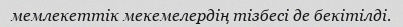
мемлекеттік мекемелердің тізбесі де бекітілді.